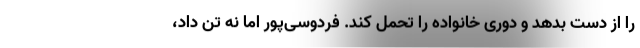
را از دست بدهد و دوری خانواده را تحمل کند. فردوسی‌پور اما نه تن داد،